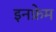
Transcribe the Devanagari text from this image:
इनफ्रेम